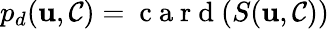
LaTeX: p_{d}(\mathbf{u},\mathcal{{C}})=\mathrm{{~c~a~r~d~}}(S(\mathbf{u},\mathcal{{C}}))